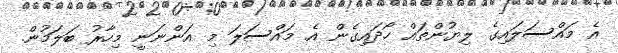
އެ މައްސަލައިގެ ލިޔުންތައް ހޯދައިގެން އެ މައްސަލަ މި އަންނަނީ މިހާރު ބަލަމުން.